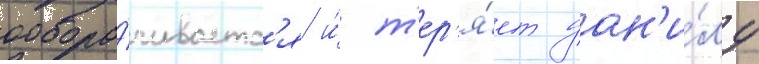
обора́чиваетс'я и́ т'ер'я́ет дан'и́лу